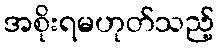
အစိုးရမဟုတ်သည့်